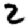
Digit: 2